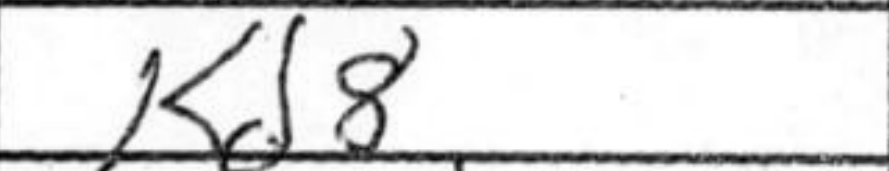
Transcription: Kd8